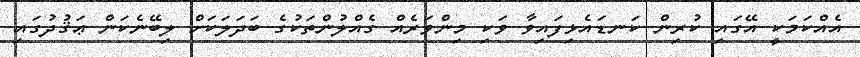
އެއްކަމަކީ އޭގައި ކުރިން ކަނޑައެޅިފައިވާ ވަކި މިންވަރެއް ގެއްލުންތަކުގެ ބަދަލަކަށް ލިބޭނެކަން ޢަޤުދުގައި